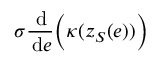
\sigma \frac { \, \mathrm { d } } { \, \mathrm { d } e } \Big ( \kappa ( z _ { S } ( e ) ) \Big )